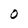
Character: O